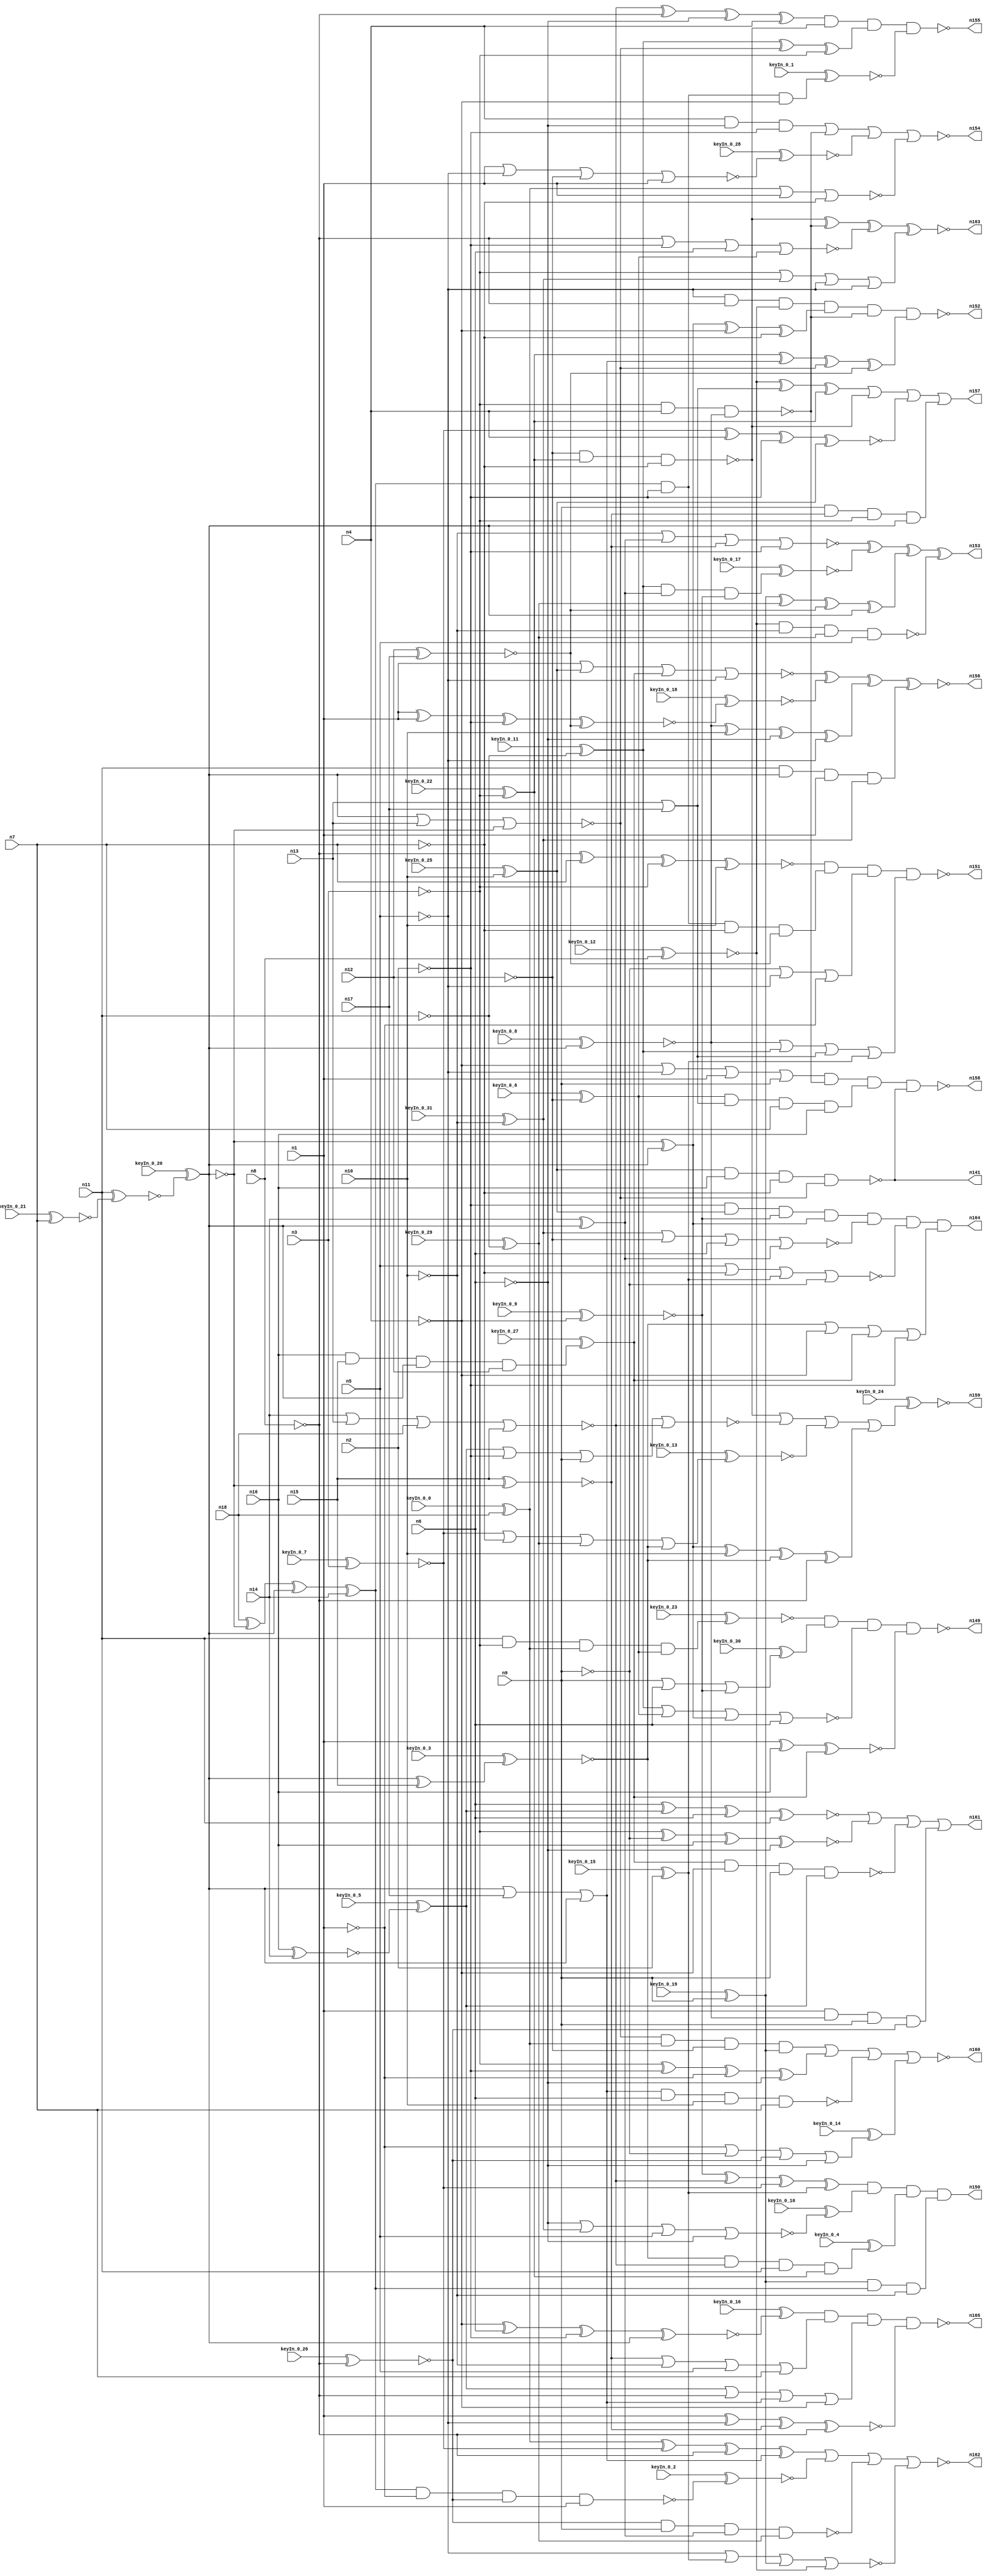


module Stat_147_624
(
  n1,
  n2,
  n3,
  n4,
  n5,
  n6,
  n7,
  n8,
  n9,
  n10,
  n11,
  n12,
  n13,
  n14,
  n15,
  n16,
  n17,
  n18,
  n141,
  n149,
  n157,
  n162,
  n160,
  n165,
  n154,
  n151,
  n163,
  n158,
  n164,
  n150,
  n156,
  n161,
  n152,
  n153,
  n159,
  n155,
  keyIn_0_0,
  keyIn_0_1,
  keyIn_0_2,
  keyIn_0_3,
  keyIn_0_4,
  keyIn_0_5,
  keyIn_0_6,
  keyIn_0_7,
  keyIn_0_8,
  keyIn_0_9,
  keyIn_0_10,
  keyIn_0_11,
  keyIn_0_12,
  keyIn_0_13,
  keyIn_0_14,
  keyIn_0_15,
  keyIn_0_16,
  keyIn_0_17,
  keyIn_0_18,
  keyIn_0_19,
  keyIn_0_20,
  keyIn_0_21,
  keyIn_0_22,
  keyIn_0_23,
  keyIn_0_24,
  keyIn_0_25,
  keyIn_0_26,
  keyIn_0_27,
  keyIn_0_28,
  keyIn_0_29,
  keyIn_0_30,
  keyIn_0_31
);

  input n1;input n2;input n3;input n4;input n5;input n6;input n7;input n8;input n9;input n10;input n11;input n12;input n13;input n14;input n15;input n16;input n17;input n18;input keyIn_0_0;input keyIn_0_1;input keyIn_0_2;input keyIn_0_3;input keyIn_0_4;input keyIn_0_5;input keyIn_0_6;input keyIn_0_7;input keyIn_0_8;input keyIn_0_9;input keyIn_0_10;input keyIn_0_11;input keyIn_0_12;input keyIn_0_13;input keyIn_0_14;input keyIn_0_15;input keyIn_0_16;input keyIn_0_17;input keyIn_0_18;input keyIn_0_19;input keyIn_0_20;input keyIn_0_21;input keyIn_0_22;input keyIn_0_23;input keyIn_0_24;input keyIn_0_25;input keyIn_0_26;input keyIn_0_27;input keyIn_0_28;input keyIn_0_29;input keyIn_0_30;input keyIn_0_31;
  output n141;output n149;output n157;output n162;output n160;output n165;output n154;output n151;output n163;output n158;output n164;output n150;output n156;output n161;output n152;output n153;output n159;output n155;
  wire n19;wire n20;wire n21;wire n22;wire n23;wire n24;wire n25;wire n26;wire n27;wire n28;wire n29;wire n30;wire n31;wire n32;wire n33;wire n34;wire n35;wire n36;wire n37;wire n38;wire n39;wire n40;wire n41;wire n42;wire n43;wire n44;wire n45;wire n46;wire n47;wire n48;wire n49;wire n50;wire n51;wire n52;wire n53;wire n54;wire n55;wire n56;wire n57;wire n58;wire n59;wire n60;wire n61;wire n62;wire n63;wire n64;wire n65;wire n66;wire n67;wire n68;wire n69;wire n70;wire n71;wire n72;wire n73;wire n74;wire n75;wire n76;wire n77;wire n78;wire n79;wire n80;wire n81;wire n82;wire n83;wire n84;wire n85;wire n86;wire n87;wire n88;wire n89;wire n90;wire n91;wire n92;wire n93;wire n94;wire n95;wire n96;wire n97;wire n98;wire n99;wire n100;wire n101;wire n102;wire n103;wire n104;wire n105;wire n106;wire n107;wire n108;wire n109;wire n110;wire n111;wire n112;wire n113;wire n114;wire n115;wire n116;wire n117;wire n118;wire n119;wire n120;wire n121;wire n122;wire n123;wire n124;wire n125;wire n126;wire n127;wire n128;wire n129;wire n130;wire n131;wire n132;wire n133;wire n134;wire n135;wire n136;wire n137;wire n138;wire n139;wire n140;wire n142;wire n143;wire n144;wire n145;wire n146;wire n147;wire n148;wire KeyWire_0_0;wire KeyNOTWire_0_0;wire KeyWire_0_1;wire KeyNOTWire_0_1;wire KeyWire_0_2;wire KeyNOTWire_0_2;wire KeyWire_0_3;wire KeyWire_0_4;wire KeyNOTWire_0_4;wire KeyWire_0_5;wire KeyWire_0_6;wire KeyWire_0_7;wire KeyNOTWire_0_7;wire KeyWire_0_8;wire KeyWire_0_9;wire KeyWire_0_10;wire KeyNOTWire_0_10;wire KeyWire_0_11;wire KeyWire_0_12;wire KeyWire_0_13;wire KeyNOTWire_0_13;wire KeyWire_0_14;wire KeyWire_0_15;wire KeyNOTWire_0_15;wire KeyWire_0_16;wire KeyNOTWire_0_16;wire KeyWire_0_17;wire KeyWire_0_18;wire KeyWire_0_19;wire KeyNOTWire_0_19;wire KeyWire_0_20;wire KeyWire_0_21;wire KeyNOTWire_0_21;wire KeyWire_0_22;wire KeyWire_0_23;wire KeyWire_0_24;wire KeyWire_0_25;wire KeyWire_0_26;wire KeyWire_0_27;wire KeyWire_0_28;wire KeyNOTWire_0_28;wire KeyWire_0_29;wire KeyNOTWire_0_29;wire KeyWire_0_30;wire KeyNOTWire_0_30;wire KeyWire_0_31;

  not
  g0
  (
    n51,
    n2
  );


  buf
  g1
  (
    n44,
    n6
  );


  not
  g2
  (
    KeyWire_0_31,
    n10
  );


  not
  g3
  (
    KeyWire_0_6,
    n12
  );


  buf
  g4
  (
    n38,
    n1
  );


  not
  g5
  (
    n39,
    n9
  );


  buf
  g6
  (
    n32,
    n10
  );


  buf
  g7
  (
    KeyWire_0_19,
    n9
  );


  not
  g8
  (
    n55,
    n7
  );


  not
  g9
  (
    n31,
    n5
  );


  not
  g10
  (
    n35,
    n8
  );


  buf
  g11
  (
    KeyWire_0_12,
    n8
  );


  buf
  g12
  (
    n20,
    n11
  );


  buf
  g13
  (
    n52,
    n6
  );


  not
  g14
  (
    KeyWire_0_29,
    n11
  );


  not
  g15
  (
    n24,
    n7
  );


  not
  g16
  (
    n50,
    n2
  );


  not
  g17
  (
    n21,
    n12
  );


  buf
  g18
  (
    KeyWire_0_7,
    n3
  );


  not
  g19
  (
    n49,
    n4
  );


  not
  g20
  (
    n26,
    n5
  );


  buf
  g21
  (
    n47,
    n5
  );


  not
  g22
  (
    KeyWire_0_22,
    n3
  );


  buf
  g23
  (
    KeyWire_0_25,
    n10
  );


  buf
  g24
  (
    KeyWire_0_15,
    n2
  );


  buf
  g25
  (
    KeyWire_0_21,
    n7
  );


  buf
  g26
  (
    n34,
    n1
  );


  not
  g27
  (
    n57,
    n5
  );


  not
  g28
  (
    n62,
    n3
  );


  buf
  g29
  (
    n29,
    n1
  );


  not
  g30
  (
    n30,
    n2
  );


  not
  g31
  (
    n33,
    n10
  );


  buf
  g32
  (
    n22,
    n4
  );


  not
  g33
  (
    KeyWire_0_26,
    n8
  );


  not
  g34
  (
    KeyWire_0_9,
    n4
  );


  not
  g35
  (
    n37,
    n6
  );


  buf
  g36
  (
    n25,
    n9
  );


  buf
  g37
  (
    n60,
    n9
  );


  not
  g38
  (
    n45,
    n6
  );


  not
  g39
  (
    n27,
    n3
  );


  buf
  g40
  (
    n54,
    n11
  );


  not
  g41
  (
    n48,
    n1
  );


  not
  g42
  (
    n41,
    n8
  );


  not
  g43
  (
    KeyWire_0_11,
    n11
  );


  not
  g44
  (
    n36,
    n4
  );


  buf
  g45
  (
    n61,
    n7
  );


  xor
  g46
  (
    n65,
    n19,
    n20
  );


  xnor
  g47
  (
    KeyWire_0_20,
    n20,
    n19
  );


  buf
  g48
  (
    n68,
    n66
  );


  buf
  g49
  (
    n69,
    n66
  );


  not
  g50
  (
    n67,
    n66
  );


  not
  g51
  (
    n70,
    n66
  );


  or
  g52
  (
    n83,
    n13,
    n17
  );


  xnor
  g53
  (
    n77,
    n15,
    n67
  );


  xor
  g54
  (
    KeyWire_0_3,
    n69,
    n15
  );


  xor
  g55
  (
    n78,
    n70,
    n68
  );


  nand
  g56
  (
    KeyWire_0_8,
    n70,
    n67
  );


  xnor
  g57
  (
    n71,
    n12,
    n17
  );


  buf
  g58
  (
    KeyWire_0_0,
    n18
  );


  not
  g59
  (
    n85,
    n70
  );


  xor
  g60
  (
    n74,
    n14,
    n69
  );


  xnor
  g61
  (
    KeyWire_0_5,
    n16,
    n14
  );


  buf
  g62
  (
    n76,
    n16
  );


  nor
  g63
  (
    n72,
    n68,
    n13,
    n67
  );


  and
  g64
  (
    KeyWire_0_27,
    n16,
    n15,
    n69,
    n12
  );


  or
  g65
  (
    n80,
    n68,
    n17,
    n69
  );


  xor
  g66
  (
    n86,
    n18,
    n67,
    n68,
    n14
  );


  nor
  g67
  (
    n79,
    n14,
    n13,
    n18,
    n15
  );


  nand
  g68
  (
    n147,
    n62,
    n22,
    n82
  );


  xnor
  g69
  (
    n109,
    n29,
    n76,
    n75
  );


  nand
  g70
  (
    n148,
    n21,
    n28,
    n55
  );


  and
  g71
  (
    KeyWire_0_1,
    n86,
    n30,
    n36
  );


  xor
  g72
  (
    n126,
    n42,
    n72,
    n27
  );


  and
  g73
  (
    KeyWire_0_17,
    n42,
    n74,
    n40
  );


  and
  g74
  (
    n95,
    n58,
    n86,
    n33
  );


  and
  g75
  (
    n117,
    n22,
    n45,
    n30
  );


  nand
  g76
  (
    n141,
    n43,
    n76,
    n55,
    n72
  );


  and
  g77
  (
    n142,
    n60,
    n77,
    n27,
    n85
  );


  and
  g78
  (
    n100,
    n51,
    n86,
    n24,
    n71
  );


  xor
  g79
  (
    n89,
    n82,
    n32,
    n37,
    n57
  );


  and
  g80
  (
    n130,
    n51,
    n43,
    n40,
    n78
  );


  nor
  g81
  (
    n110,
    n42,
    n46,
    n78,
    n44
  );


  xor
  g82
  (
    n116,
    n40,
    n79,
    n53,
    n64
  );


  or
  g83
  (
    n122,
    n82,
    n42,
    n83,
    n64
  );


  xnor
  g84
  (
    n129,
    n27,
    n39,
    n76,
    n37
  );


  xnor
  g85
  (
    n137,
    n35,
    n61,
    n62,
    n32
  );


  and
  g86
  (
    n96,
    n34,
    n82,
    n25,
    n23
  );


  and
  g87
  (
    n90,
    n72,
    n73,
    n21,
    n58
  );


  nor
  g88
  (
    n91,
    n59,
    n21,
    n52,
    n74
  );


  nand
  g89
  (
    n88,
    n23,
    n60,
    n74,
    n56
  );


  or
  g90
  (
    n120,
    n77,
    n33,
    n47,
    n61
  );


  xor
  g91
  (
    n102,
    n79,
    n35,
    n45,
    n22
  );


  xor
  g92
  (
    n139,
    n58,
    n56,
    n71,
    n85
  );


  nor
  g93
  (
    n121,
    n38,
    n43,
    n75,
    n31
  );


  or
  g94
  (
    KeyWire_0_30,
    n60,
    n25,
    n52,
    n40
  );


  xnor
  g95
  (
    KeyWire_0_16,
    n36,
    n44,
    n51,
    n85
  );


  nand
  g96
  (
    n144,
    n80,
    n52,
    n32,
    n61
  );


  and
  g97
  (
    n101,
    n46,
    n83,
    n61,
    n76
  );


  xor
  g98
  (
    n113,
    n28,
    n80,
    n72,
    n71
  );


  nor
  g99
  (
    n115,
    n33,
    n74,
    n77,
    n50
  );


  xor
  g100
  (
    n143,
    n63,
    n83,
    n28
  );


  or
  g101
  (
    n106,
    n84,
    n36,
    n75,
    n30
  );


  xor
  g102
  (
    n112,
    n73,
    n53,
    n41,
    n80
  );


  nor
  g103
  (
    KeyWire_0_10,
    n37,
    n59,
    n47,
    n45
  );


  and
  g104
  (
    n99,
    n54,
    n85,
    n34,
    n59
  );


  or
  g105
  (
    n140,
    n62,
    n59,
    n26,
    n57
  );


  or
  g106
  (
    KeyWire_0_14,
    n48,
    n39,
    n23,
    n45
  );


  nor
  g107
  (
    n123,
    n47,
    n24,
    n64,
    n39
  );


  nand
  g108
  (
    n134,
    n63,
    n33,
    n56,
    n47
  );


  xor
  g109
  (
    n128,
    n62,
    n30,
    n48,
    n37
  );


  or
  g110
  (
    n124,
    n39,
    n26,
    n48
  );


  xnor
  g111
  (
    n132,
    n29,
    n31,
    n77,
    n35
  );


  and
  g112
  (
    KeyWire_0_4,
    n84,
    n79,
    n54,
    n28
  );


  nand
  g113
  (
    KeyWire_0_2,
    n86,
    n48,
    n23,
    n29
  );


  xnor
  g114
  (
    n133,
    n53,
    n22,
    n51,
    n43
  );


  or
  g115
  (
    KeyWire_0_13,
    n53,
    n55,
    n56,
    n84
  );


  nor
  g116
  (
    n94,
    n41,
    n50,
    n44,
    n46
  );


  nand
  g117
  (
    n127,
    n75,
    n49,
    n25,
    n81
  );


  nor
  g118
  (
    KeyWire_0_28,
    n29,
    n57,
    n21,
    n38
  );


  or
  g119
  (
    n118,
    n81,
    n35,
    n80,
    n36
  );


  and
  g120
  (
    KeyWire_0_23,
    n54,
    n27,
    n73,
    n46
  );


  nor
  g121
  (
    n145,
    n73,
    n38,
    n24
  );


  nor
  g122
  (
    n146,
    n81,
    n50,
    n60,
    n79
  );


  xnor
  g123
  (
    KeyWire_0_18,
    n34,
    n34,
    n50,
    n71
  );


  or
  g124
  (
    n135,
    n49,
    n31,
    n38,
    n25
  );


  xor
  g125
  (
    n131,
    n78,
    n49,
    n55
  );


  xnor
  g126
  (
    n97,
    n52,
    n81,
    n44,
    n54
  );


  and
  g127
  (
    n98,
    n57,
    n31,
    n41,
    n63
  );


  xor
  g128
  (
    n119,
    n78,
    n32,
    n84,
    n41
  );


  nor
  g129
  (
    n108,
    n26,
    n64,
    n58,
    n63
  );


  nand
  g130
  (
    n152,
    n98,
    n131,
    n147,
    n113
  );


  nor
  g131
  (
    n160,
    n90,
    n128,
    n144,
    n93
  );


  xnor
  g132
  (
    n163,
    n148,
    n147,
    n94,
    n140
  );


  nand
  g133
  (
    n158,
    n135,
    n147,
    n101,
    n141
  );


  xnor
  g134
  (
    n156,
    n121,
    n114,
    n89,
    n99
  );


  nand
  g135
  (
    n149,
    n136,
    n105,
    n110,
    n109
  );


  nand
  g136
  (
    n165,
    n104,
    n120,
    n118,
    n132
  );


  nor
  g137
  (
    n162,
    n112,
    n87,
    n88,
    n108
  );


  or
  g138
  (
    n161,
    n97,
    n129,
    n127,
    n96
  );


  nand
  g139
  (
    n155,
    n102,
    n148,
    n126,
    n125
  );


  or
  g140
  (
    KeyWire_0_24,
    n148,
    n146,
    n103,
    n119
  );


  and
  g141
  (
    n164,
    n130,
    n91,
    n123,
    n106
  );


  and
  g142
  (
    n150,
    n116,
    n107,
    n111,
    n95
  );


  nand
  g143
  (
    n151,
    n137,
    n100,
    n124,
    n122
  );


  nor
  g144
  (
    n154,
    n117,
    n147,
    n92,
    n145
  );


  xor
  g145
  (
    n153,
    n115,
    n138,
    n139,
    n134
  );


  or
  g146
  (
    n157,
    n143,
    n148,
    n133,
    n142
  );


  xnor
  KeyGate_0_0
  (
    KeyNOTWire_0_0,
    keyIn_0_0,
    KeyWire_0_0
  );


  not
  KeyNOTGate_0_0
  (
    n73,
    KeyNOTWire_0_0
  );


  xor
  KeyGate_0_1
  (
    KeyNOTWire_0_1,
    keyIn_0_1,
    KeyWire_0_1
  );


  not
  KeyNOTGate_0_1
  (
    n125,
    KeyNOTWire_0_1
  );


  xor
  KeyGate_0_2
  (
    KeyNOTWire_0_2,
    keyIn_0_2,
    KeyWire_0_2
  );


  not
  KeyNOTGate_0_2
  (
    n87,
    KeyNOTWire_0_2
  );


  xnor
  KeyGate_0_3
  (
    n84,
    keyIn_0_3,
    KeyWire_0_3
  );


  xnor
  KeyGate_0_4
  (
    KeyNOTWire_0_4,
    keyIn_0_4,
    KeyWire_0_4
  );


  not
  KeyNOTGate_0_4
  (
    n111,
    KeyNOTWire_0_4
  );


  xor
  KeyGate_0_5
  (
    n81,
    keyIn_0_5,
    KeyWire_0_5
  );


  xor
  KeyGate_0_6
  (
    n46,
    keyIn_0_6,
    KeyWire_0_6
  );


  xor
  KeyGate_0_7
  (
    KeyNOTWire_0_7,
    keyIn_0_7,
    KeyWire_0_7
  );


  not
  KeyNOTGate_0_7
  (
    n53,
    KeyNOTWire_0_7
  );


  xnor
  KeyGate_0_8
  (
    n82,
    keyIn_0_8,
    KeyWire_0_8
  );


  xnor
  KeyGate_0_9
  (
    n40,
    keyIn_0_9,
    KeyWire_0_9
  );


  xnor
  KeyGate_0_10
  (
    KeyNOTWire_0_10,
    keyIn_0_10,
    KeyWire_0_10
  );


  not
  KeyNOTGate_0_10
  (
    n107,
    KeyNOTWire_0_10
  );


  xor
  KeyGate_0_11
  (
    n42,
    keyIn_0_11,
    KeyWire_0_11
  );


  xnor
  KeyGate_0_12
  (
    n63,
    keyIn_0_12,
    KeyWire_0_12
  );


  xor
  KeyGate_0_13
  (
    KeyNOTWire_0_13,
    keyIn_0_13,
    KeyWire_0_13
  );


  not
  KeyNOTGate_0_13
  (
    n103,
    KeyNOTWire_0_13
  );


  xor
  KeyGate_0_14
  (
    n93,
    keyIn_0_14,
    KeyWire_0_14
  );


  xnor
  KeyGate_0_15
  (
    KeyNOTWire_0_15,
    keyIn_0_15,
    KeyWire_0_15
  );


  not
  KeyNOTGate_0_15
  (
    n64,
    KeyNOTWire_0_15
  );


  xnor
  KeyGate_0_16
  (
    KeyNOTWire_0_16,
    keyIn_0_16,
    KeyWire_0_16
  );


  not
  KeyNOTGate_0_16
  (
    n104,
    KeyNOTWire_0_16
  );


  xnor
  KeyGate_0_17
  (
    n138,
    keyIn_0_17,
    KeyWire_0_17
  );


  xnor
  KeyGate_0_18
  (
    n114,
    keyIn_0_18,
    KeyWire_0_18
  );


  xnor
  KeyGate_0_19
  (
    KeyNOTWire_0_19,
    keyIn_0_19,
    KeyWire_0_19
  );


  not
  KeyNOTGate_0_19
  (
    n58,
    KeyNOTWire_0_19
  );


  xor
  KeyGate_0_20
  (
    n66,
    keyIn_0_20,
    KeyWire_0_20
  );


  xor
  KeyGate_0_21
  (
    KeyNOTWire_0_21,
    keyIn_0_21,
    KeyWire_0_21
  );


  not
  KeyNOTGate_0_21
  (
    n19,
    KeyNOTWire_0_21
  );


  xor
  KeyGate_0_22
  (
    n28,
    keyIn_0_22,
    KeyWire_0_22
  );


  xnor
  KeyGate_0_23
  (
    n136,
    keyIn_0_23,
    KeyWire_0_23
  );


  xnor
  KeyGate_0_24
  (
    n159,
    keyIn_0_24,
    KeyWire_0_24
  );


  xor
  KeyGate_0_25
  (
    n43,
    keyIn_0_25,
    KeyWire_0_25
  );


  xnor
  KeyGate_0_26
  (
    n23,
    keyIn_0_26,
    KeyWire_0_26
  );


  xor
  KeyGate_0_27
  (
    n75,
    keyIn_0_27,
    KeyWire_0_27
  );


  xor
  KeyGate_0_28
  (
    KeyNOTWire_0_28,
    keyIn_0_28,
    KeyWire_0_28
  );


  not
  KeyNOTGate_0_28
  (
    n92,
    KeyNOTWire_0_28
  );


  xnor
  KeyGate_0_29
  (
    KeyNOTWire_0_29,
    keyIn_0_29,
    KeyWire_0_29
  );


  not
  KeyNOTGate_0_29
  (
    n56,
    KeyNOTWire_0_29
  );


  xnor
  KeyGate_0_30
  (
    KeyNOTWire_0_30,
    keyIn_0_30,
    KeyWire_0_30
  );


  not
  KeyNOTGate_0_30
  (
    n105,
    KeyNOTWire_0_30
  );


  xor
  KeyGate_0_31
  (
    n59,
    keyIn_0_31,
    KeyWire_0_31
  );


endmodule